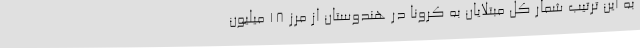
به این ترتیب شمار کل مبتلایان به کرونا در هندوستان از مرز ۱۸ میلیون